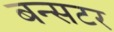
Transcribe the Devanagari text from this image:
बन्सटर